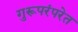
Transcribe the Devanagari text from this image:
गुरूपरंपरेत